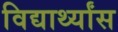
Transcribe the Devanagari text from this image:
विद्यार्थ्यांस